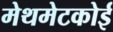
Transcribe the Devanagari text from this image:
मेथमेटकोई